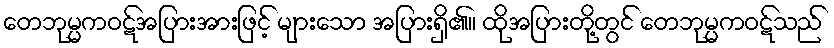
တေဘုမ္မကဝဋ်အပြားအားဖြင့် များသော အပြားရှိ၏။ ထိုအပြားတို့တွင် တေဘုမ္မကဝဋ်သည်